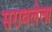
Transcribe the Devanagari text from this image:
सरावलेला